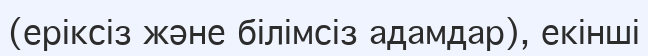
(еріксіз және білімсіз адамдар), екінші